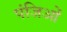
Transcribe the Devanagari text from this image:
पंजिओं